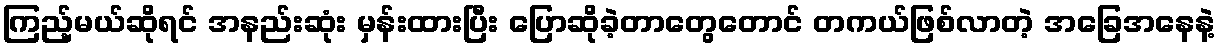
ကြည့်မယ်ဆိုရင် အနည်းဆုံး မှန်းထားပြီး ပြောဆိုခဲ့တာတွေတောင် တကယ်ဖြစ်လာတဲ့ အခြေအနေနဲ့